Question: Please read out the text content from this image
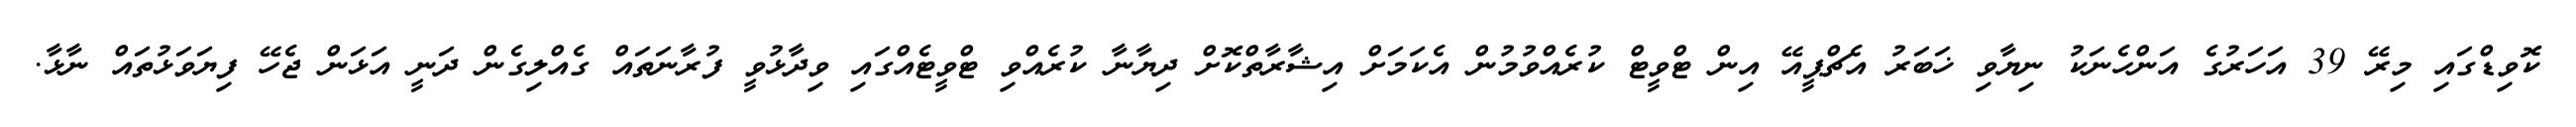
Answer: ކޮވިޑްގައި މިރޭ 39 އަހަރުގެ އަންހެނަކު ނިޔާވި ޚަބަރު އެޗްޕީއޭ އިން ޓްވީޓް ކުރެއްވުމުން އެކަމަށް އިޝާރާތްކޮށް ދިޔާނާ ކުރެއްވި ޓްވީޓެއްގައި ވިދާޅުވީ ފުރާނަތައް ގެއްލިގެން ދަނީ އަޅަން ޖެހޭ ފިޔަވަޅުތައް ނާޅާ.